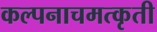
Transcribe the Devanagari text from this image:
कल्पनाचमत्कृती